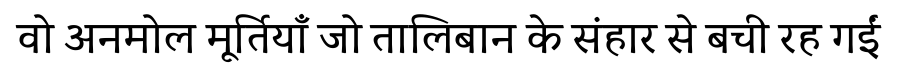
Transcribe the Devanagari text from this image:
वो अनमोल मूर्तियाँ जो तालिबान के संहार से बची रह गईं